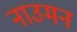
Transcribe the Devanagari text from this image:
नाउमन